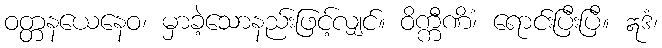
ဝတ္တနယေနေဝ၊ မှာခဲ့သောနည်းဖြင့်လျှင်။ ဝိက္ကီဏိံ၊ ရောင်းပြီးပြီ။ ဣဒံ၊